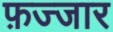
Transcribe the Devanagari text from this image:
फ़ज्जार